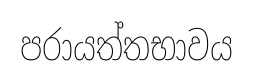
පරායත්තභාවය